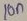
Text: 10n